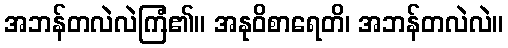
အဘန်တလဲလဲကြံ၏။ အနုဝိစာရေတိ၊ အဘန်တလဲလဲ။